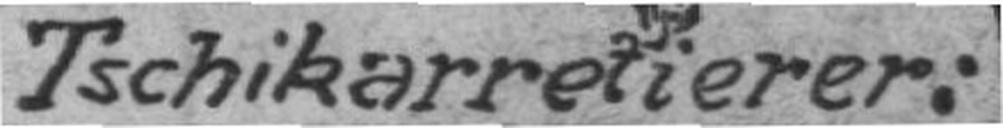
Tschikarretierer: